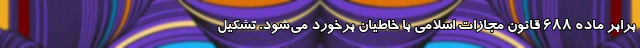
برابر ماده ۶۸۸ قانون مجازات اسلامی با خاطیان برخورد می‌شود. تشکیل